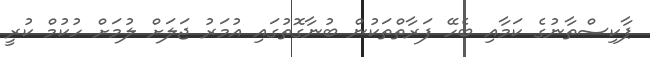
ޕާކިސްތާނުގެ ކަމާއި ބެހޭ ފަރާތްތަކުން ބުނާގޮތުގައި އުމަރު ޖަލަށް ލުމަށް ހުކުމް ކުރީ